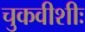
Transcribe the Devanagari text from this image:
चुकवीशीः